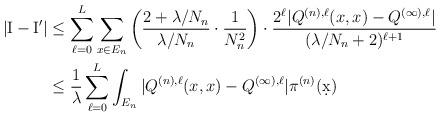
LaTeX: \begin{align*}|{\rm I}-{\rm I}'|&\leq \sum_{\ell=0}^L\sum_{x\in E_n}\left(\frac{2+\lambda/N_n}{\lambda/N_n}\cdot \frac{1}{N_n^2}\right)\cdot \frac{2^\ell|Q^{(n),\ell}(x,x)-Q^{(\infty),\ell}|}{(\lambda/N_n+2)^{\ell+1}}\\&\leq \frac{1}{\lambda}\sum_{\ell=0}^L\int_{E_n}|Q^{(n),\ell}(x,x)-Q^{(\infty),\ell}| \pi^{(n)}(\d x)\end{align*}